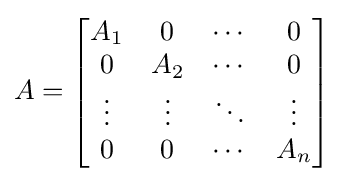
{A}={\begin{bmatrix}{A}_{1}&{0}&\cdots &{0}\\{0}&{A}_{2}&\cdots &{0}\\\vdots &\vdots &\ddots &\vdots \\{0}&{0}&\cdots &{A}_{n}\end{bmatrix}}